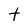
Character: t